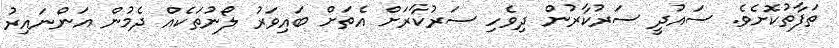
ތަފާތުކޮށެވެ. ސައުދީ ސަރުކާރުން ދިވެހި ސަރުކާރަށް އެތަށް ބައިވަރު ލޯނުތަކެއް ދެމުން އަންނައިރު